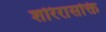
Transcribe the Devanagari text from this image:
शरिरासक्ति